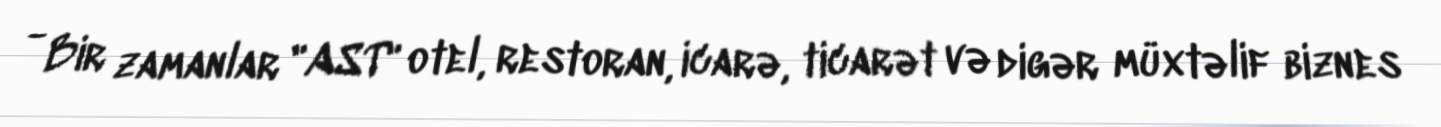
- Bir zamanlar "AST" otel, restoran, icarə, ticarət və digər müxtəlif biznes